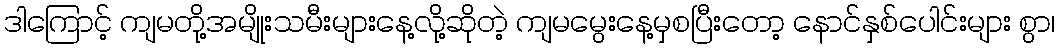
ဒါကြောင့် ကျမတို့အမျိုးသမီးများနေ့လို့ဆိုတဲ့ ကျမမွေးနေ့မှစပြီးတော့ နောင်နှစ်ပေါင်းများ စွာ၊